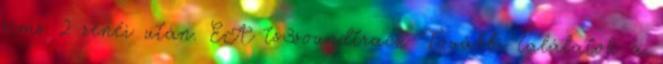
sims 2 zenéi után. EA ts3soundtrack További találatok a